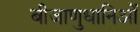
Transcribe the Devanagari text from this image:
बीजाणुधानिओं